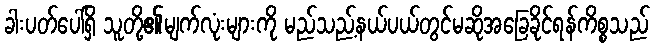
ခါးပတ်ပေါ်ရှိ သူတို့၏မျက်လုံးများကို မည်သည့်နယ်ပယ်တွင်မဆိုအခြေခိုင်ရန်ကိစ္စသည်